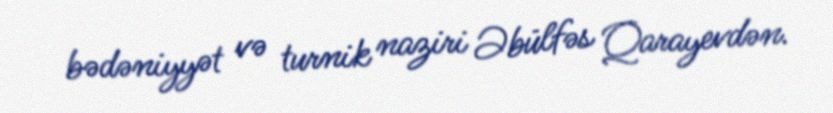
bədəniyyət və turnik naziri Əbülfəs Qarayevdən.